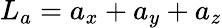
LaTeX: L_{a}=a_{x}+a_{y}+a_{z}